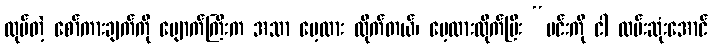
လုပ်တဲ့ စော်ကားချက်ကို မျောက်ကြီးက အသာ မေ့ထား လိုက်တယ်၊ မေ့ထားလိုက်ပြီး “မင်းကို ငါ လမ်းဆုံးအောင်